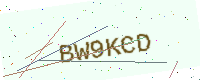
Text: BW9KCD